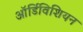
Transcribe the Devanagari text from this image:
ऑर्डिविशियन